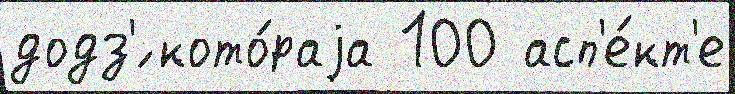
додз'́ кото́раjа 100 асп'е́кт'е